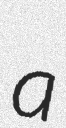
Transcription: a